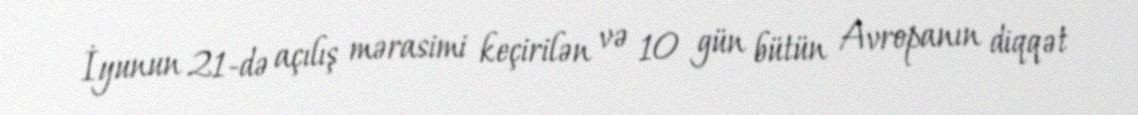
İyunun 21-də açılış mərasimi keçirilən və 10 gün bütün Avropanın diqqət